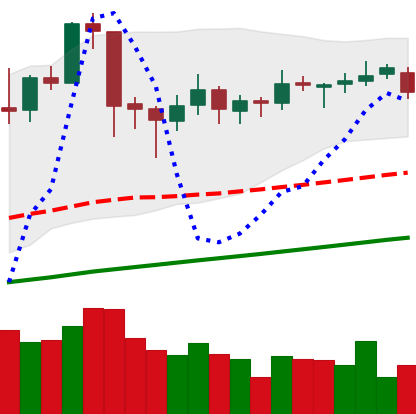
Ticker: ETC-USD
Chart end date: 2019-06-18
Forward return: 10.052%
Label: up_7plus